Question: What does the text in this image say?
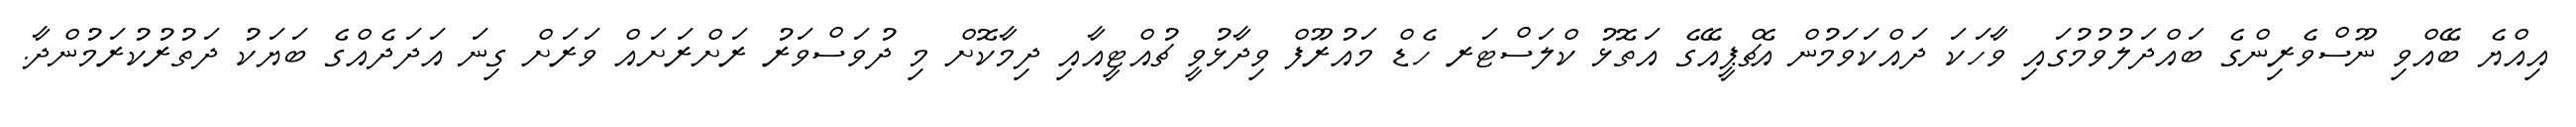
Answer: އިއްޔެ ބޭއްވި ނޫސްވެރިންގެ ބައްދަލުވުމުގައި ވާހަކަ ދައްކަވަމުން އެޗްޕީއޭގެ އަތޮޅު ކްލަސްޓަރ ހެޑް މައުރޫފް ވިދާޅުވީ ޗުއްޓީއާއި ދިމާކޮށް މި ދުވަސްވަރު ރަށްރަށައް ވަރަށް ގިނަ އަދަދެއްގެ ބަޔަކު ދަތުރުކުރަމުންދާ.